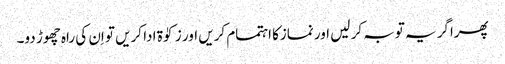
پھراگر یہ توبہ کر لیں اور نمازکا اہتمام کریں اور زکوٰۃ ادا کریں تو اِن کی راہ چھوڑ دو۔